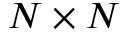
N \times N